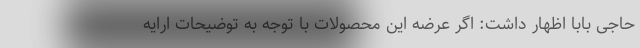
حاجی بابا اظهار داشت: اگر عرضه این محصولات با توجه به توضیحات ارایه